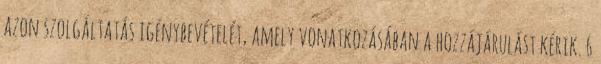
azon szolgáltatás igénybevételét, amely vonatkozásában a hozzájárulást kérik. 6